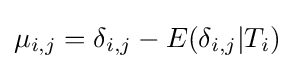
\mu _{i,j}=\delta _{i,j}-E(\delta _{i,j}|T_{i})